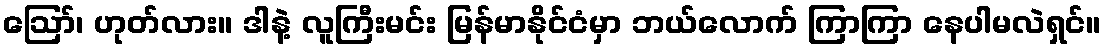
ဪ၊ ဟုတ်လား။ ဒါနဲ့ လူကြီးမင်း မြန်မာနိုင်ငံမှာ ဘယ်လောက် ကြာကြာ နေပါမလဲရှင်။